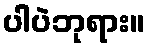
ပါပဲဘုရား။